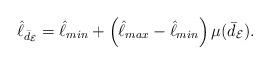
LaTeX: \begin{align*} \hat{\ell}_{\bar{d}_\mathcal{E}} = \hat{\ell}_{min} + \left ( \hat{\ell}_{max}-\hat{\ell}_{min} \right ) \mu(\bar{d}_{\mathcal{E}}). \end{align*}